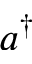
a ^ { \dag }